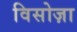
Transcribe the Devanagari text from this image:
विसोज़ा